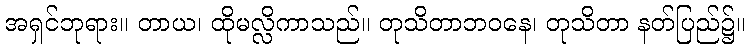
အရှင်ဘုရား။ တာယ၊ ထိုမလ္လိကာသည်။ တုသိတာဘဝနေ၊ တုသိတာ နတ်ပြည်၌။